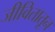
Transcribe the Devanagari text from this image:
जीवितातून